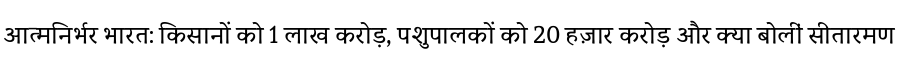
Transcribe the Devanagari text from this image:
आत्मनिर्भर भारत: किसानों को 1 लाख करोड़, पशुपालकों को 20 हज़ार करोड़ और क्या बोलीं सीतारमण